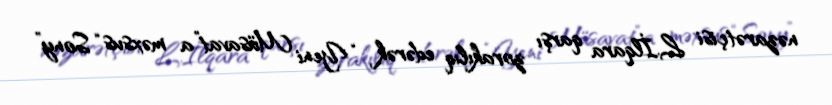
nəzarətçisi L.İlqara qarşı zorakılıq edərək “Yeni Müsavat”a məxsus “Sony”